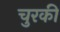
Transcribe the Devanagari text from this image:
चुरकी